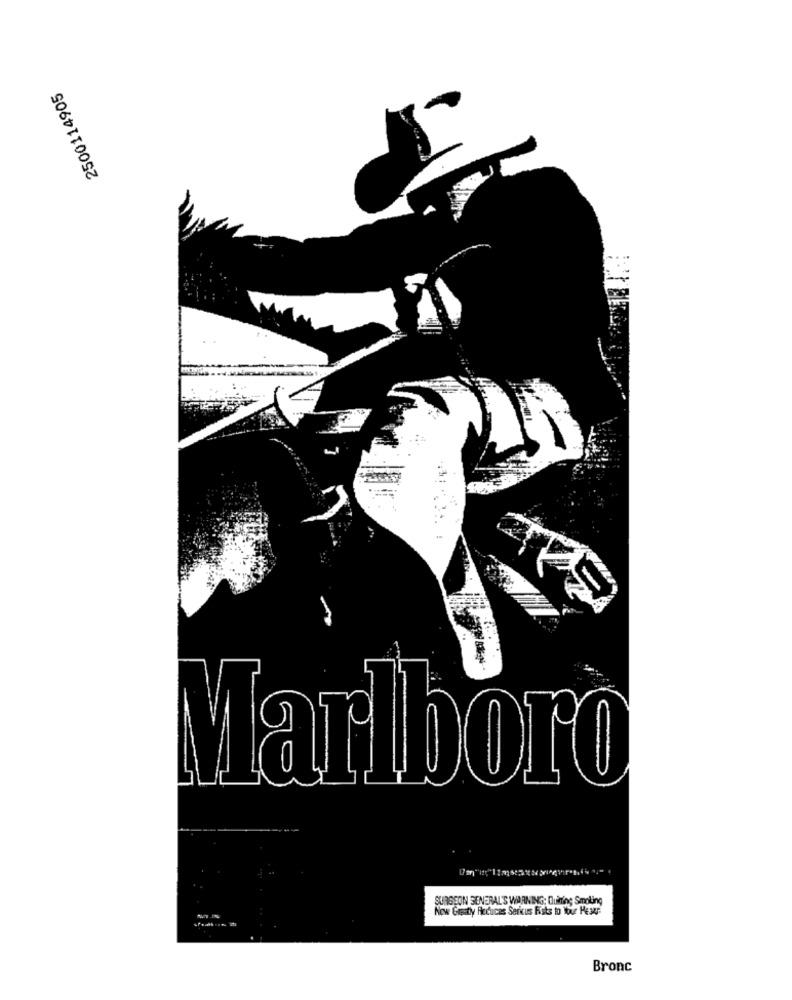
2500114905
Marlboro
SURGEON SENERAL'S WARNING: Duiting Smoking
Now Greatly Reduces Sericus Fists to Your Pesar
Bronc